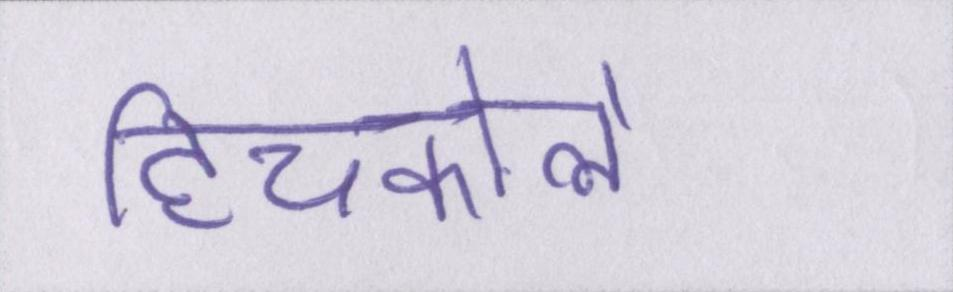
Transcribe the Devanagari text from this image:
हिचकोले